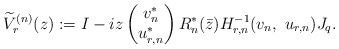
\begin{align*} \widetilde V^{(n)}_r(z):=I-iz \begin{pmatrix} v_n^* \\ u_{r,n}^* \end{pmatrix} R_n^*(\bar z) H_{r,n}^{-1}(v_n,\ u_{r,n})J_q. \end{align*}